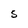
Character: 5